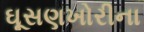
ઘૂસણખોરીના